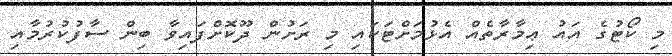
މި ކޯޓުގެ އައު ޢިމާރާތެއް އެޅުމަށްޓަކައި މި ރަށުން ދޫކޮށްފައިވާ ބިން ސާފުކުރުމާއި